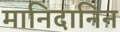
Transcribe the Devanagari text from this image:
मानिदानिन